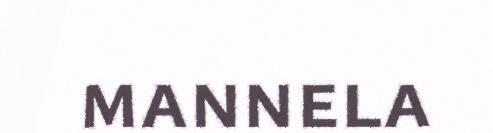
mannela